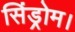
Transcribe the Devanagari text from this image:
सिंड्रोम।